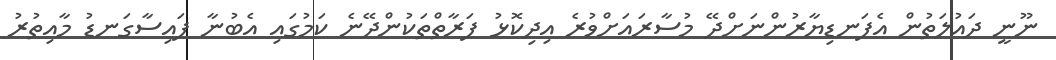
ނޫނީ ދައުލަތުން އެފަނޑިޔާރުންނަށްދޭ މުސާރައަށްވުރެ އިދިކޮޅު ފަރާތްތަކުންދޭނެ ކަމުގައި އެބުނާ ފައިސާގަނޑު މާއިތުރު